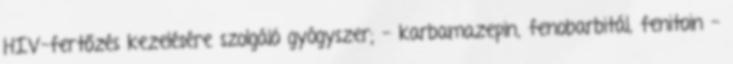
HIV-fertőzés kezelésére szolgáló gyógyszer; - karbamazepin, fenobarbitál, fenitoin -